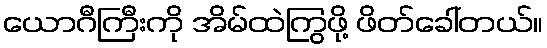
ယောဂီကြီးကို အိမ်ထဲကြွဖို့ ဖိတ်ခေါ်တယ်။